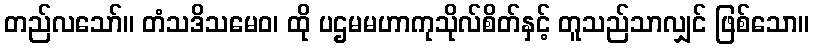
တည်လသော်။ တံသဒိသမေဝ၊ ထို ပဌမမဟာကုသိုလ်စိတ်နှင့် တူသည်သာလျှင် ဖြစ်သော။